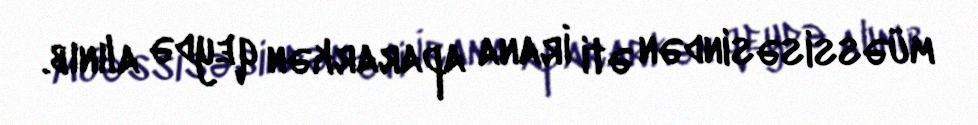
müəssisəsindən əti İrana apararkən qeydə alınıb.